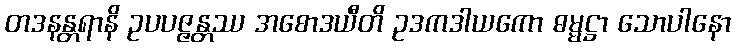
တဒနန္တရာနိ ဥပပဇ္ဇန္တဿ အစောဒယီတိ ဥဒကဒါယကော ဓမ္မဋ္ဌာ သောပါနော